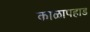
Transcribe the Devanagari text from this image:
काळापहाड